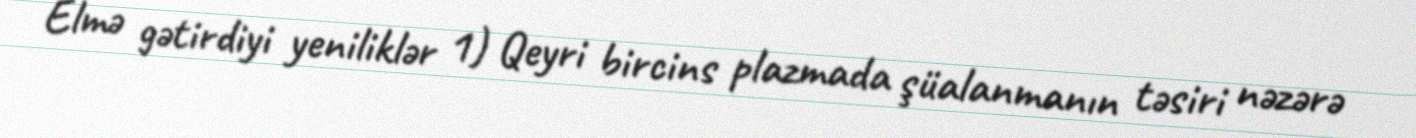
Elmə gətirdiyi yeniliklər 1) Qeyri bircins plazmada şüalanmanın təsiri nəzərə